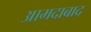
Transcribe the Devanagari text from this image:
आमदाबाद